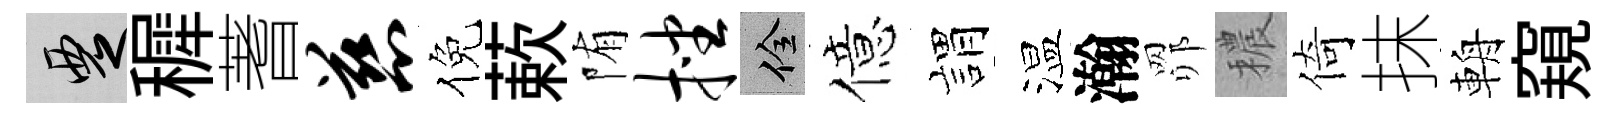
覂穉蓍慈倪蔌陏挫佺億娟温瀚𦊑穠倚抹輈窺